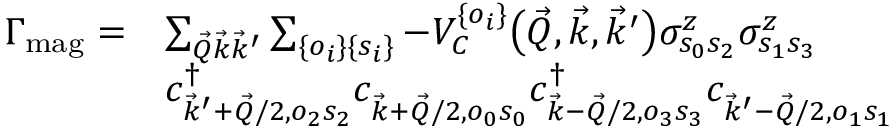
\begin{array} { r l } { \Gamma _ { \mathrm { m a g } } = } & { \sum _ { \vec { Q } \vec { k } \vec { k } ^ { \prime } } \sum _ { \{ o _ { i } \} \{ s _ { i } \} } - V _ { C } ^ { \{ o _ { i } \} } \big ( \vec { Q } , \vec { k } , \vec { k } ^ { \prime } \big ) \sigma _ { s _ { 0 } s _ { 2 } } ^ { z } \sigma _ { s _ { 1 } s _ { 3 } } ^ { z } } \\ & { c _ { \vec { k } ^ { \prime } + \vec { Q } / 2 , o _ { 2 } s _ { 2 } } ^ { \dag } c _ { \vec { k } + \vec { Q } / 2 , o _ { 0 } s _ { 0 } } ^ { \vphantom { \dag } } c _ { \vec { k } - \vec { Q } / 2 , o _ { 3 } s _ { 3 } } ^ { \dag } c _ { \vec { k } ^ { \prime } - \vec { Q } / 2 , o _ { 1 } s _ { 1 } } ^ { \vphantom { \dag } } } \end{array}